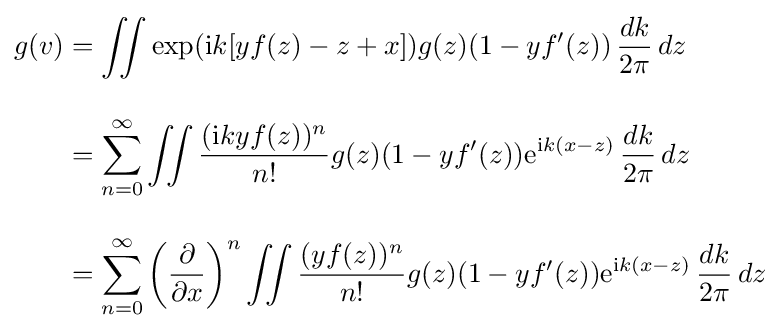
{\begin{aligned}g(v)&=\iint \exp(\mathrm {i} k[yf(z)-z+x])g(z)(1-yf'(z))\,{\frac {dk}{2\pi }}\,dz\\[10pt]&=\sum _{n=0}^{\infty }\iint {\frac {(\mathrm {i} kyf(z))^{n}}{n!}}g(z)(1-yf'(z))\mathrm {e} ^{\mathrm {i} k(x-z)}\,{\frac {dk}{2\pi }}\,dz\\[10pt]&=\sum _{n=0}^{\infty }\left({\frac {\partial }{\partial x}}\right)^{n}\iint {\frac {(yf(z))^{n}}{n!}}g(z)(1-yf'(z))\mathrm {e} ^{\mathrm {i} k(x-z)}\,{\frac {dk}{2\pi }}\,dz\end{aligned}}